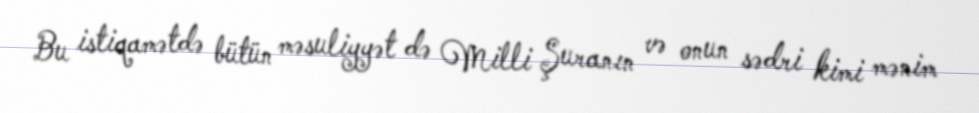
Bu istiqamətdə bütün məsuliyyət də Milli Şuranın və onun sədri kimi mənim